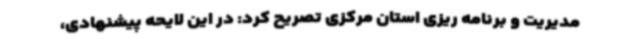
مدیریت و برنامه ریزی استان مرکزی تصریح کرد: در این لایحه پیشنهادی،